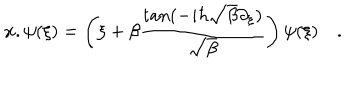
LaTeX: { \bf { x } } . \psi ( { \xi } ) = \left( { \xi } + \beta \frac { \tan ( - i \hbar \sqrt { \beta } \partial _ { { \xi } } ) } { \sqrt { \beta } } \right) \psi ( { \xi } ) \quad .